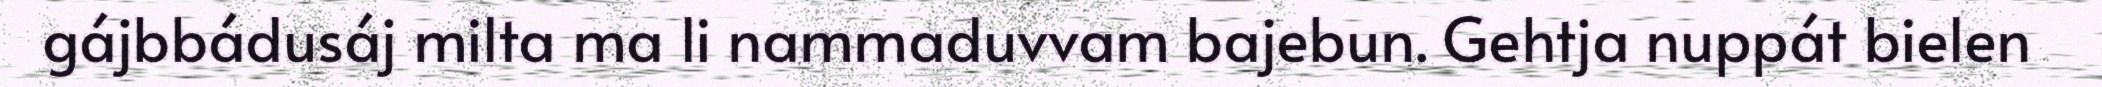
gájbbádusáj milta ma li nammaduvvam bajebun. Gehtja nuppát bielen